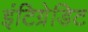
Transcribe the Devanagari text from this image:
इंटिग्रेडिट